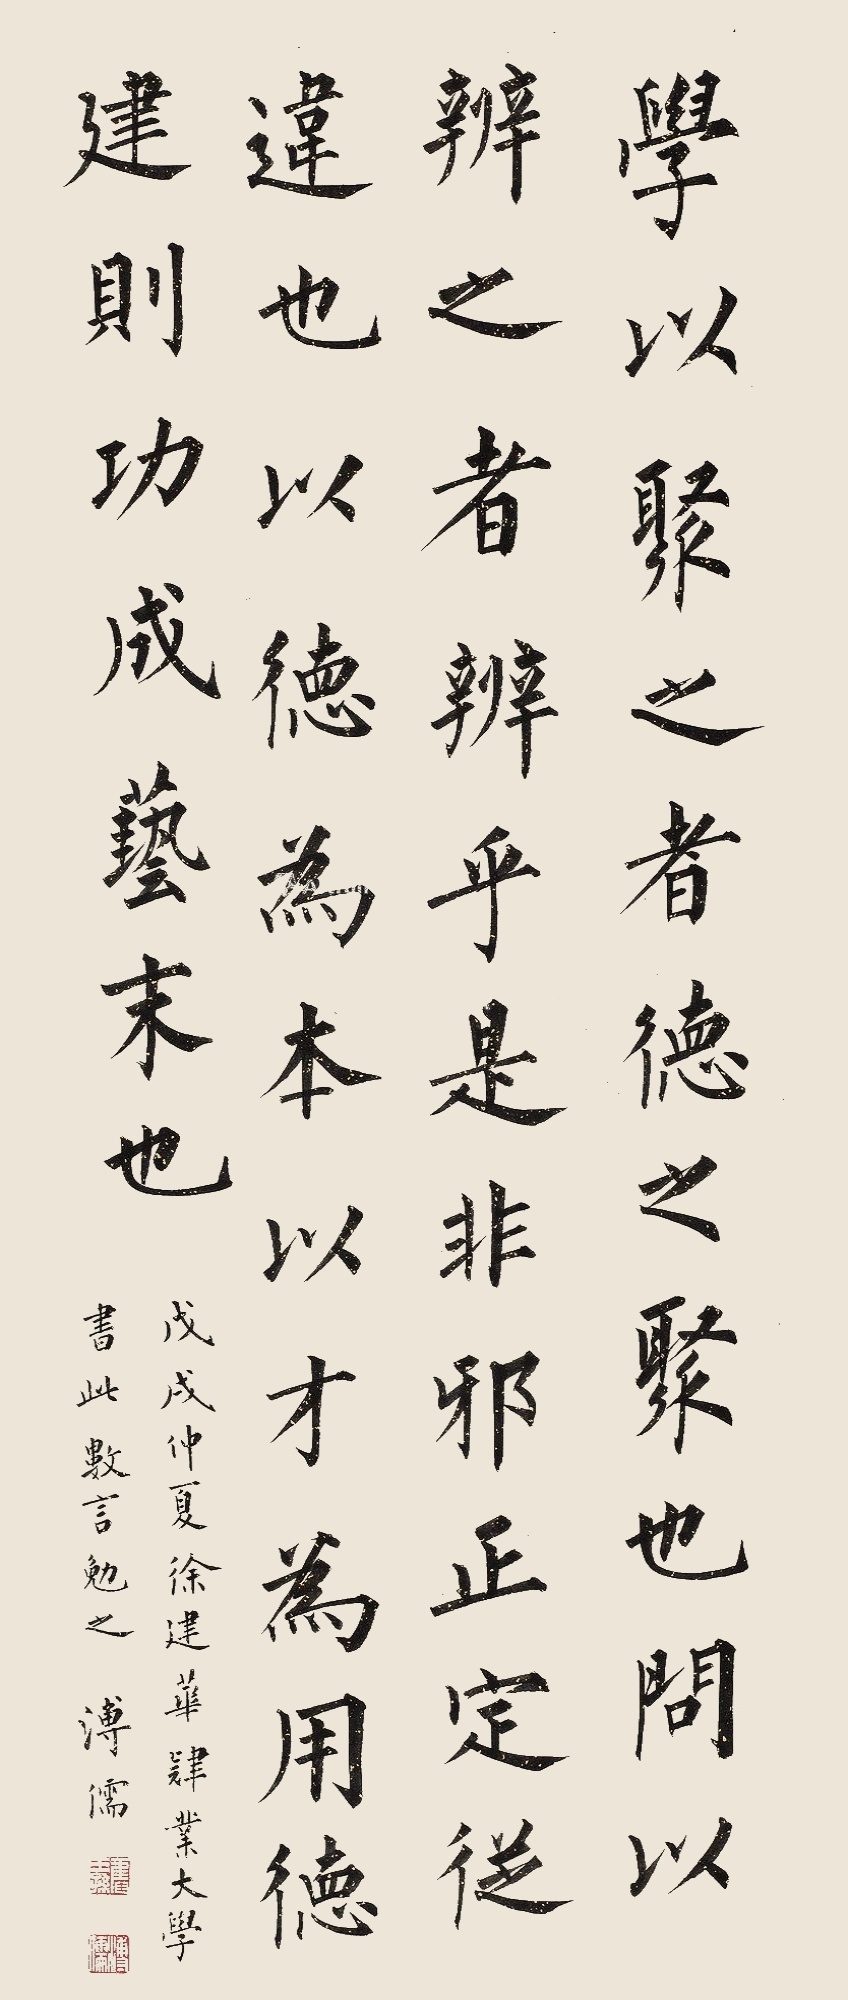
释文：学一聚之者，德之聚也，问以辨之者，辨乎是非邪正定从违也。以德为本，以才为用，德建则功成艺末也。戊戌仲夏徐建华肄业大学书此数言勉之，溥儒。